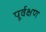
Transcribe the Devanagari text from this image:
पूर्वक्षण